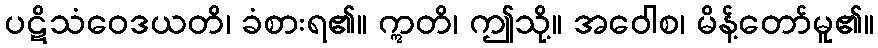
ပဋိသံဝေဒယတိ၊ ခံစားရ၏။ ဣတိ၊ ဤသို့။ အဝေါစ၊ မိန့်တော်မူ၏။